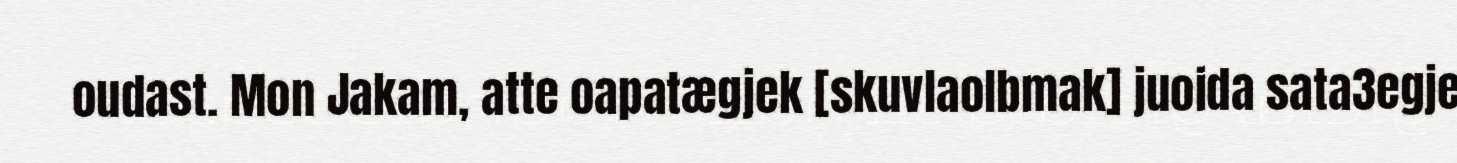
oudast. Mon Jakam, atte oapatægjek [skuvlaolbmak] juoida sata3egje